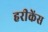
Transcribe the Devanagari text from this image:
हरीकेंस